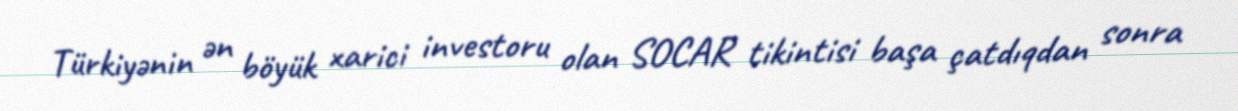
Türkiyənin ən böyük xarici investoru olan SOCAR tikintisi başa çatdıqdan sonra